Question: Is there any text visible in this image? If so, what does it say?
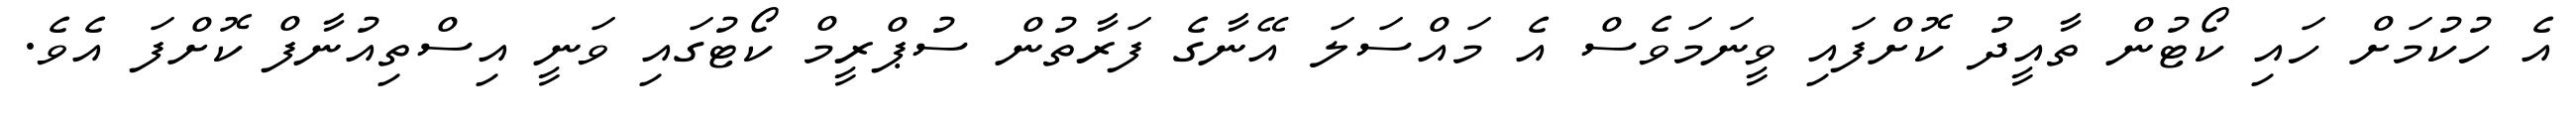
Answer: އެ ހުކުމަށް ހައި ކޯޓުން ތާއީދު ކޮށްފައި ވީނަމަވެސް އެ މައްސަލަ އޭނާގެ ފަރާތުން ސުޕްރީމް ކޯޓުގައި ވަނީ އިސްތިއުނާފް ކޮށްފަ އެވެ.